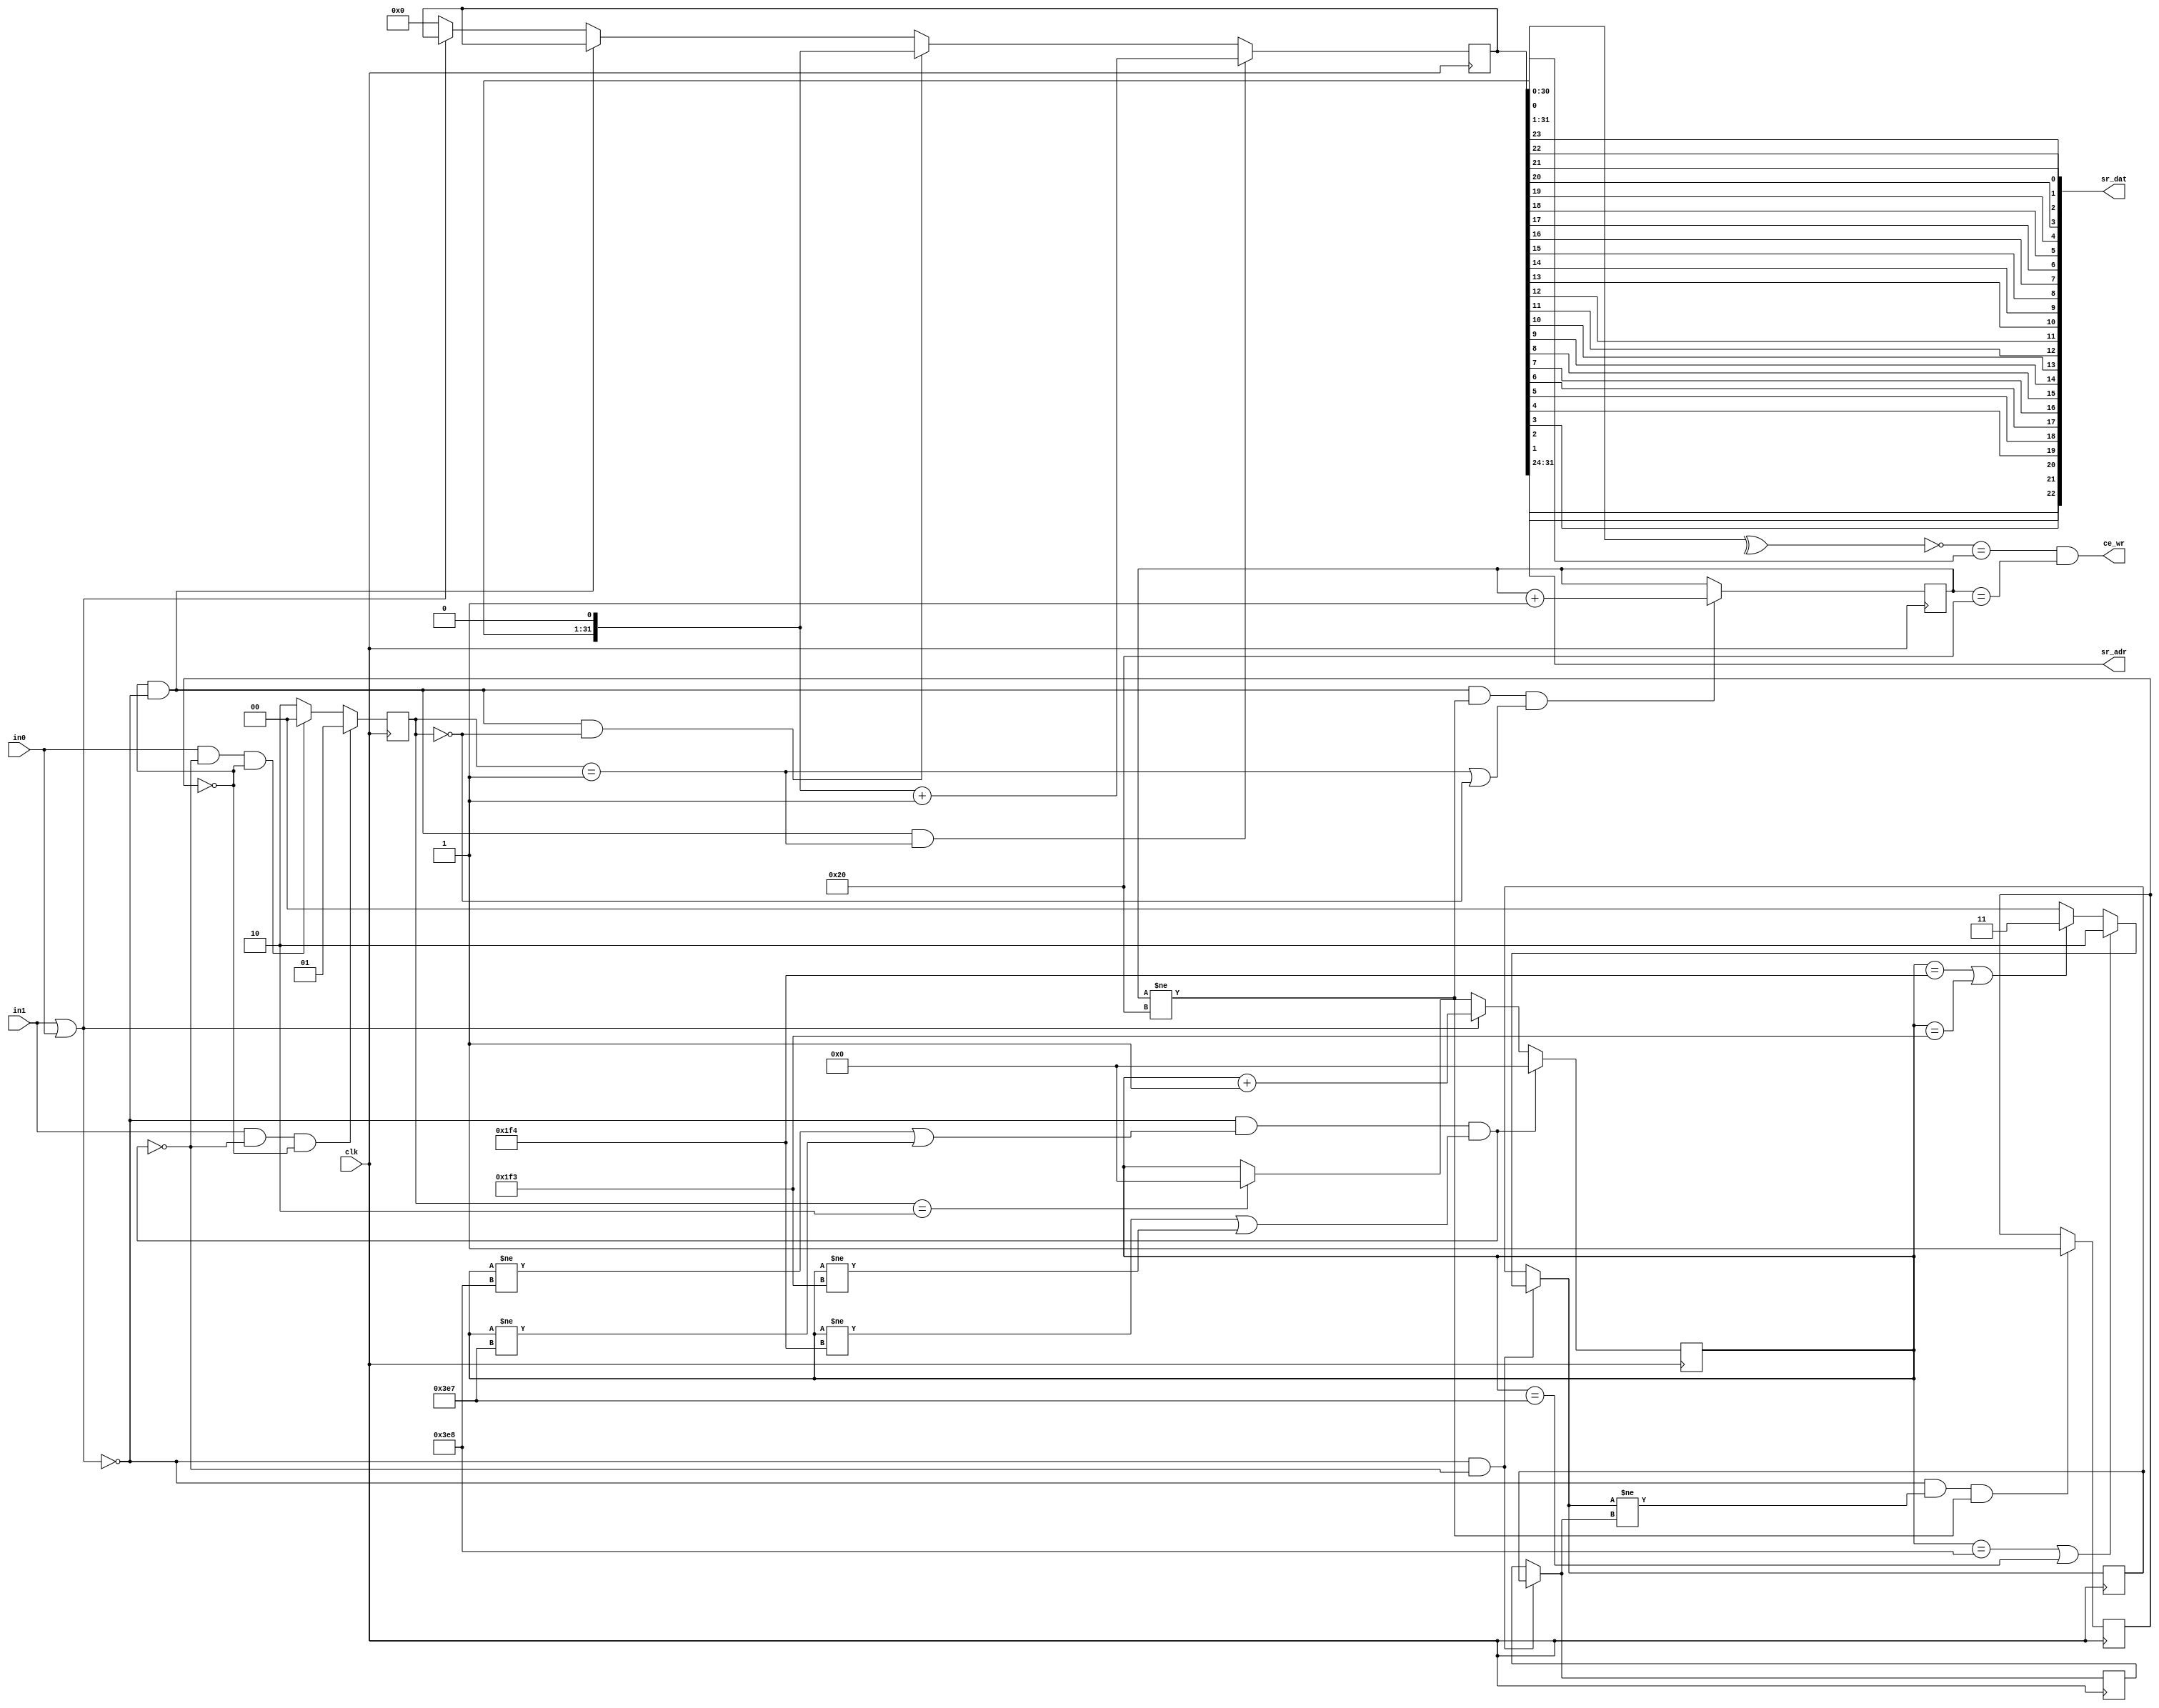
`timescale 1ns / 1ps
//////////////////////////////////////////////////////////////////////////////////
// Company: 
// Engineer: 
// 
// Design Name: 
// Module Name:    AR_RXD 
// Project Name: 
// Target Devices: 
// Tool versions: 
// Description: 
//
// Dependencies: 
//
// Revision: 
// Revision 0.01 - File Created
// Additional Comments: 
//
//////////////////////////////////////////////////////////////////////////////////
module AR_RXD(
    input clk,  // clock
    input in0,  // input for 0 signal
    input in1,  // input for 1 signal
    output [22:0] sr_dat,  // received data
    output [7:0]  sr_adr,  // received address
    output ce_wr  // receive completed correctly
    );
	 
        parameter Fclk = 50000000; 										// 50 MHz
        parameter V100kb = 100000;                                         // 100 kb/s
        parameter V50kb = 50000;                                             // 50 kb/s
        parameter V12_5kb = 12500;                                         // 12.5 kb/s
        parameter m100kb = Fclk/V100kb;                                     //      
        parameter m50kb = Fclk/V50kb;
        parameter m12_5kb = Fclk/V12_5kb;
    
        reg [31:0]data = 0;                                                    //  
        reg [6:0] cb = 0;                                                     //  
        reg [10:0] cc = 0;                                                    // c 
        reg [1:0] cur_mode = 0;                                                //   
        reg [1:0] prev_mode = 0;                                            //    
        reg [1:0] new_bit = 0;                                                //   1
        reg [0:0] err = 0;
        
        genvar i;
         generate for (i = 23; i >= 1; i = i - 1)
           begin
               assign sr_dat[i-1] = data[24-i];
           end  
        endgenerate
        
        assign sr_adr = data[31:24];
        assign parity =^ data[31:1];                                        // 
        assign ce_wr = (!parity == data[0]) && (cb == 32);            //   ,     
        assign sig = (in1 | in0);
        assign glitch = ((!sig) && ((cc != m12_5kb) || (cc != m12_5kb-1)) //  
                                      && ((cc != m50kb) || (cc != m50kb-1)) 
                                      && ((cc != m100kb) || (cc != m100kb-1)));
        
    
        always @(posedge clk) begin
            if (!sig & !glitch) prev_mode = cur_mode;
            if (!sig & !glitch) cur_mode = ((cc == m12_5kb) || (cc == m12_5kb-1)) ? 1 :
                          ((cc == m50kb) || (cc == m50kb-1)) ? 2 :
                          ((cc == m100kb) || (cc == m100kb-1)) ? 3 :
                          0;
            if ((!sig) && (cur_mode != prev_mode) && (cb != 32)) err <= 1;
    
            data <= ((!err) && (!sig) && (new_bit == 1)) ? ((data << 1) + 1) :
                     ((!err) && (!sig) && (new_bit == 0)) ? (data << 1):
                     ((!err) && (!sig)) ? data:
                     (sig) ? data :
                     0;
            if ((!err) && (!sig) && (cb != 32) && ((new_bit == 1) ||(new_bit == 0))) 
                cb <= cb + 1;
            
            new_bit <= (in1 && !glitch && !err) ? 1 : (in0 && !glitch && !err) ? 0 : 2;
            
            if (new_bit == 2) cc <= 0;
            if (sig) cc <= cc + 1;
            if (glitch) cc <= 0;
        end

endmodule